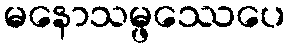
မနောသမ္ဖဿေပေ